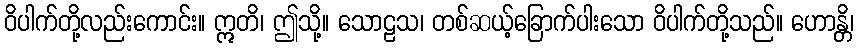
ဝိပါက်တို့လည်းကောင်း။ ဣတိ၊ ဤသို့။ သောဠသ၊ တစ်ဆယ့်ခြောက်ပါးသော ဝိပါက်တို့သည်။ ဟောန္တိ၊